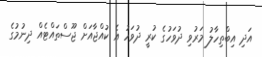
އަދި އިބްތިހާލު މަރުވި ދުވަހުގެ ކުރީ ދުވަހު އެ ކުއްޖާއަށް ޖޫސްތައްޓެއް ދިނުމުގެ